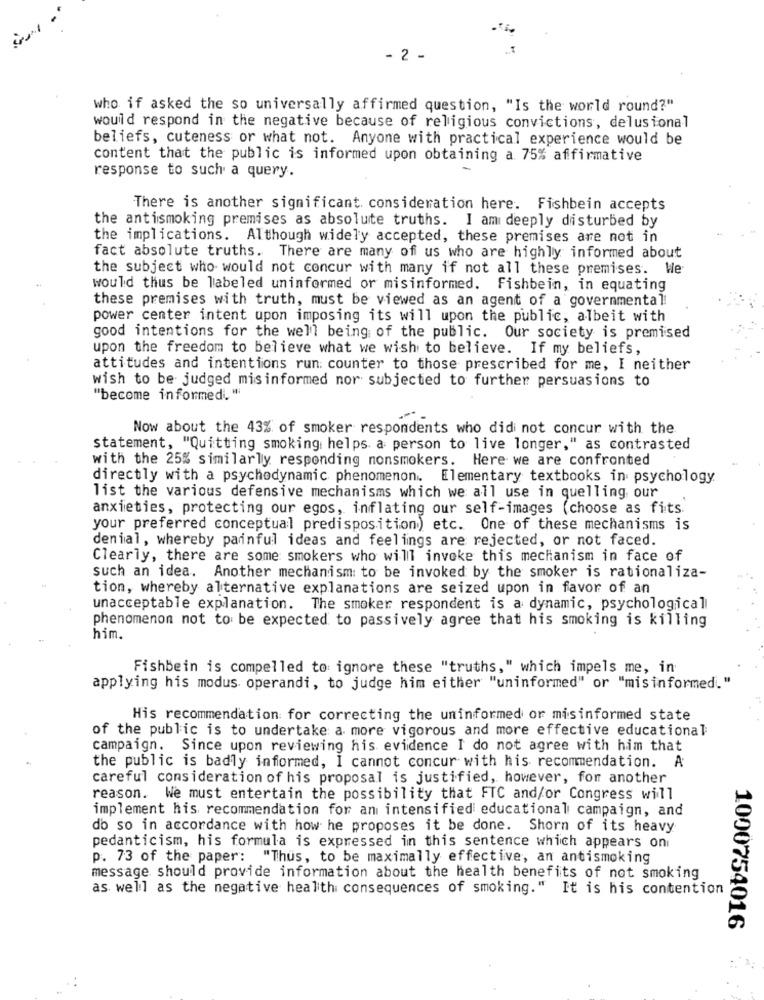
- 2 -
who if asked the so universally affirmed question, "Is the world round?"
would respond in the negative because of religious convictions, delusional
beliefs, cuteness or what not. Anyone with practical experience would be
content that the public is informed upon obtaining a 75% affirmative
response to such a query.
There is another significant. consideration here. Fishbein accepts
the antismoking premises as absolute truths. I am deeply disturbed by
the implications. Although widely accepted, these premises are not in
fact absolute truths. There are many of us who are highly informed about
the subject who would not concur with many if not all these premises. We
would thus be labeled uninformed or misinformed. Fishbein, in equating
these premises with truth, must be viewed as an agent of a governmental
power center intent upon imposing its will upon the public, albeit with
good intentions for the well being of the public. Our society is premised
upon the freedom to believe what we wish to believe. If my beliefs,
attitudes and intentions run: counter to those prescribed for me, I neither
wish to be judged misinformed nor subjected to further persuasions to
"become informed."
Now about the 43% of smoker respondents who did not concur with the
statement, "Quitting smoking helps a person to live longer," as contrasted
with the 25% similarly responding nonsmokers. Here we are confronted
directly with a psychodynamic phenomenon. Elementary textbooks in psychology
list the various defensive mechanisms which we all use in quelling our
anxieties, protecting our egos, inflating our self-images (choose as fits.
your preferred conceptual predisposition) etc. One of these mechanisms is
denial, whereby painful ideas and feelings are rejected, or not faced.
Clearly, there are some smokers who will invoke this mechanism in face of
such an idea. Another mechanism to be invoked by the smoker is rationaliza-
tion, whereby alternative explanations are seized upon in favor of an
unacceptable explanation. The smoker respondent is a dynamic, psychological
phenomenon not to be expected to passively agree that his smoking is killing
him.
Fishbein is compelled to ignore these "truths," which impels me, in
applying his modus operandi, to judge him either "uninformed" or "misinformed."
His recommendation for correcting the uninformed or misinformed state
of the public is to undertake a more vigorous and more effective educational
campaign. Since upon reviewing his evidence I do not agree with him that
the public is badly informed, I cannot concur with his recommendation. A
careful consideration of his proposal is justified, however, for another
reason. We must entertain the possibility that FTC and/or Congress will
implement his recommendation for an intensified educational campaign, and
do so in accordance with how he proposes it be done. Shorn of its heavy
pedanticism, his formula is expressed in this sentence which appears on
p. 73 of the paper: "Thus, to be maximally effective, an antismoking
message should provide information about the health benefits of not smoking
as well as the negative health consequences of smoking." It is his contention
1000754016